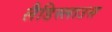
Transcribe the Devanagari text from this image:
लैडिस्लाउस